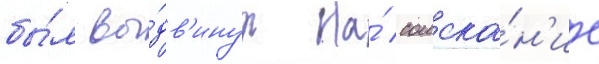
бы́л вы́дв'инут на́ соиска́н'ие